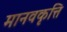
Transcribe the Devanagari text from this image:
मानवकृत्ति